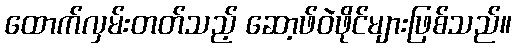
ထောက်လှမ်းတတ်သည့် ဆော့ဖ်ဝဲဖိုင်များဖြစ်သည်။